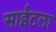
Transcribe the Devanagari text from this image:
साईटला